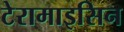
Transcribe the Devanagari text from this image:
टेरामाइसिन